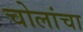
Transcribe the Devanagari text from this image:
चोलांचा